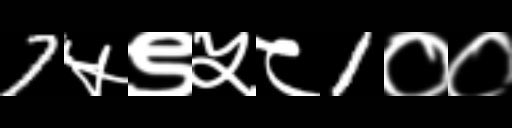
Text: 7५९५८1००